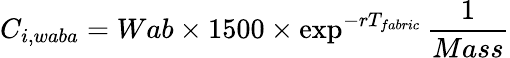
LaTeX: C_{i,waba}=Wab\times 1500\times\exp^{-rT_{fabric}}\frac{1}{Mass}